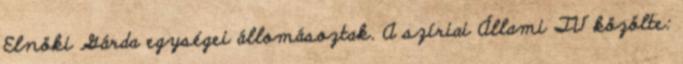
Elnöki Gárda egységei állomásoztak. A szíriai Állami TV közölte: